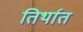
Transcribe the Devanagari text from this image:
तिर्थात